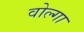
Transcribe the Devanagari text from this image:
वोल्‍गा